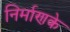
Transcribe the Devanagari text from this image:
निर्माणके